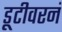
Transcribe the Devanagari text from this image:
डूटीवरनं